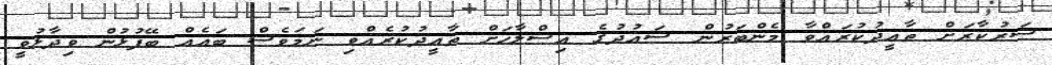
ސަރުކާރަށް ތާއީދުކުރައްވާ މެންބަރުން ސައުދުގެ އިސްލާހަށް ތާއީދުކުރެއްވި ނަމަވެސް ބައެއް ބޭފުޅުން ވިދާޅުވީ